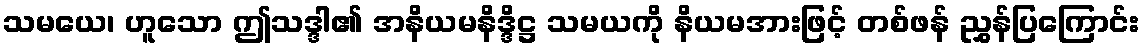
သမယေ၊ ဟူသော ဤသဒ္ဒါ၏ အနိယမနိဒ္ဒိဋ္ဌ သမယကို နိယမအားဖြင့် တစ်ဖန် ညွှန်ပြကြောင်း